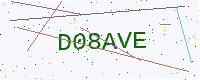
Text: D08AVE